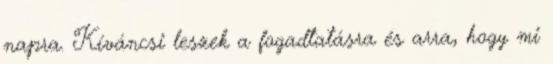
napra. Kíváncsi leszek a fogadtatásra és arra, hogy mi